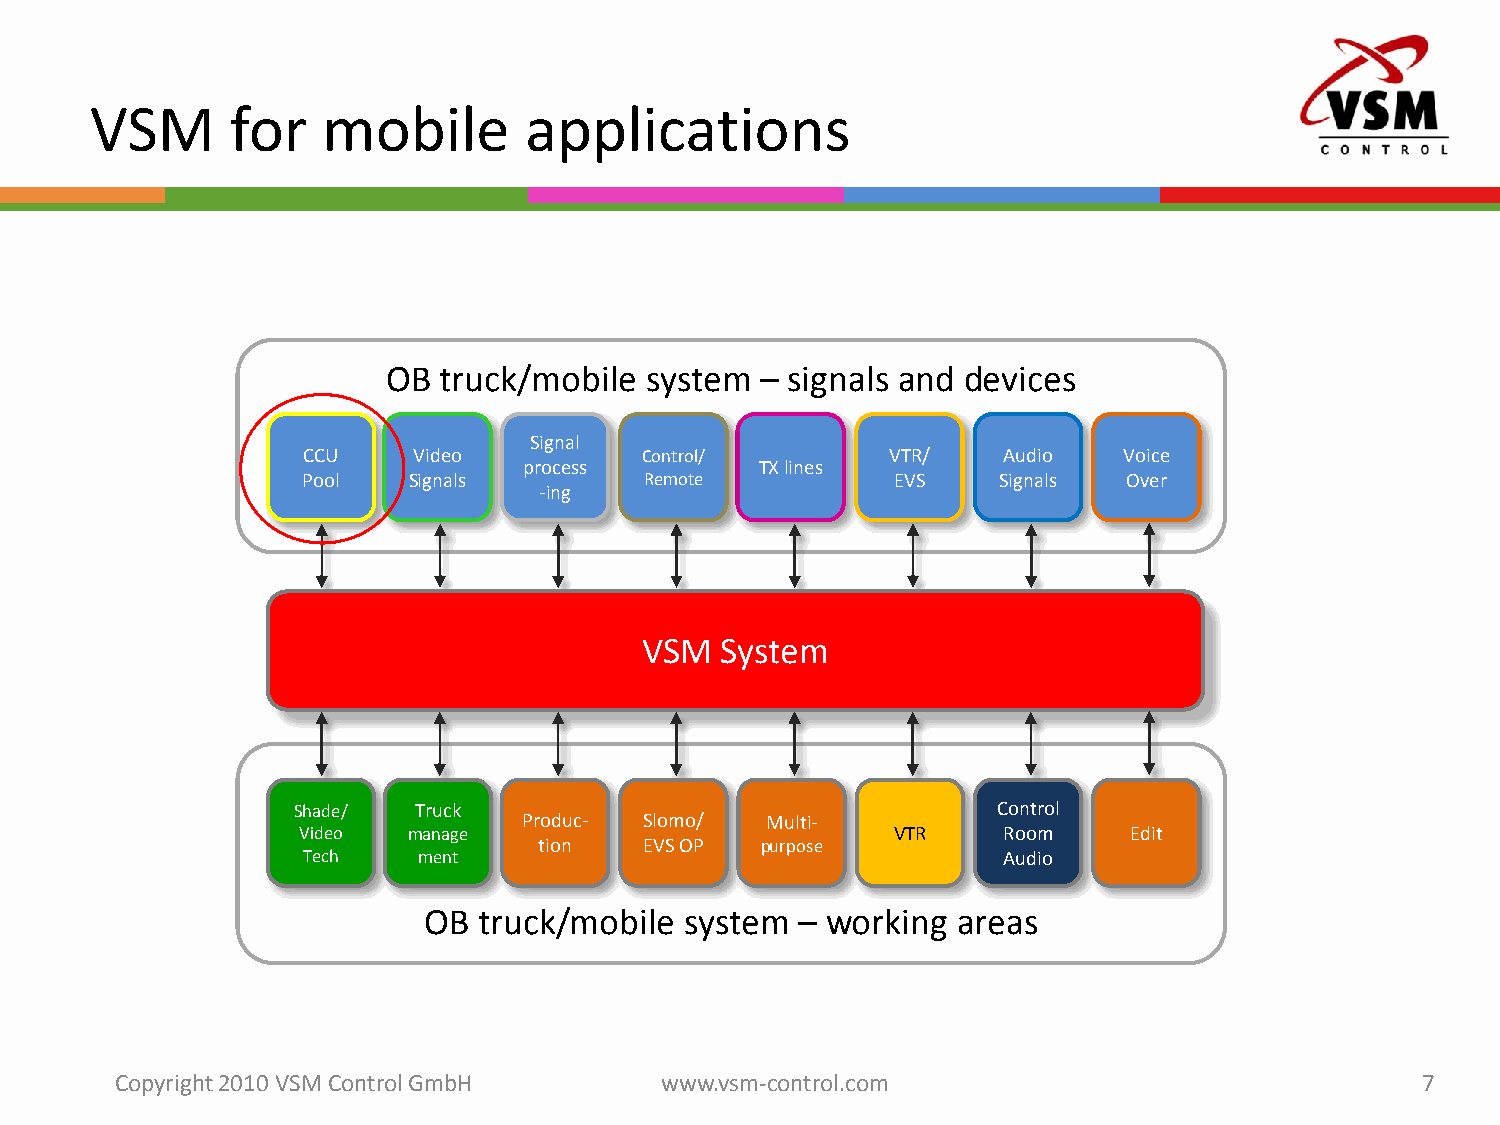
VSM      for   mobile        applications
 OB truck/mobile  system – signals and devices
 Signal
 CCU    Video          Control/         VTR/   Audio   Voice
 process        TX lines
 Pool   Signals         Remote          EVS    Signals  Over
 -ing
 VSM   System
 Shade/  Truck                                  Control
 Produc- Slomo/  Multi-
 Video  manage                          VTR    Room     Edit
 tion   EVS OP purpose
 Tech    ment                                  Audio
 OB  truck/mobile system  – working areas
 Copyright 2010 VSM ControlGmbH      www.vsm-control.com                               7